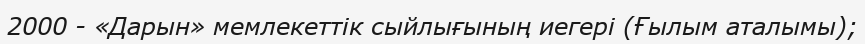
2000 - «Дарын» мемлекеттік сыйлығының иегері (Ғылым аталымы);